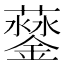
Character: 𨬛